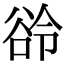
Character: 𬤲